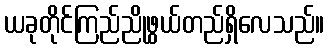
ယခုတိုင်ကြည်ညိုဖွယ်တည်ရှိလေသည်။